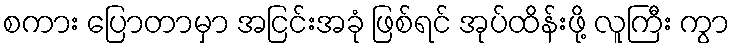
စကား ပြောတာမှာ အငြင်းအခုံ ဖြစ်ရင် အုပ်ထိန်းဖို့ လူကြီး ကွာ